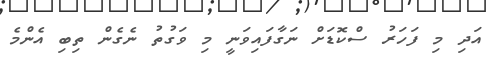
އަދި މި ފަހަރު ސްކޮޑަށް ނަގާފައިވަނީ މި ވަގުތު ނެގެން ތިބި އެންމެ